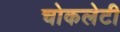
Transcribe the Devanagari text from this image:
चोकलेटी